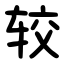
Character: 较